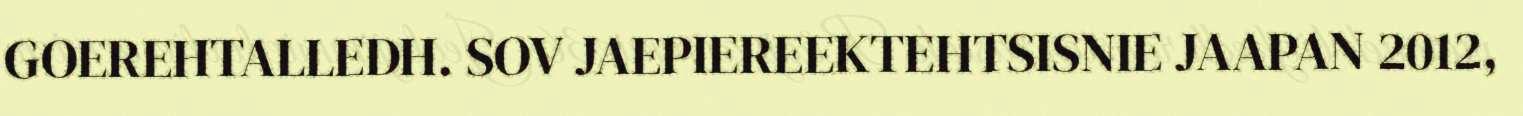
GOEREHTALLEDH. SOV JAEPIEREEKTEHTSISNIE JAAPAN 2012,